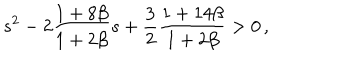
s ^ { 2 } - 2 \frac { 1 + 8 \beta } { 1 + 2 \beta } s + \frac { 3 } { 2 } \frac { 1 + 1 4 \beta } { 1 + 2 \beta } > 0 \, ,